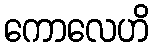
ကောလေဟိ